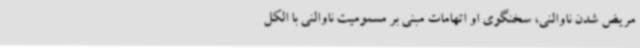
مریض شدن ناوالنی، سخنگوی او اتهامات مبنی بر مسمومیت ناوالنی با الکل